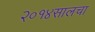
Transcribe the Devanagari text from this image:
२०१४सालचा